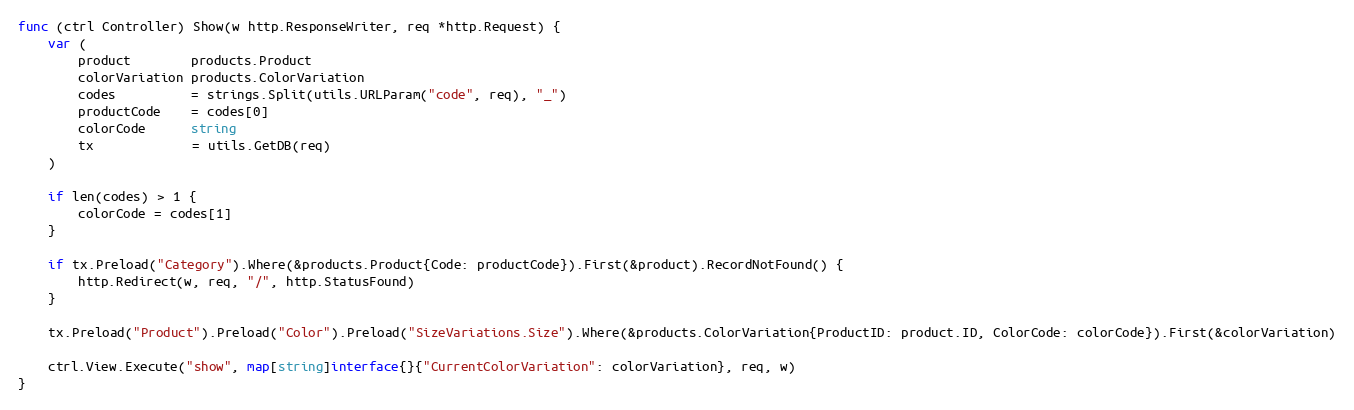
Language: Go
func (ctrl Controller) Show(w http.ResponseWriter, req *http.Request) {
	var (
		product        products.Product
		colorVariation products.ColorVariation
		codes          = strings.Split(utils.URLParam("code", req), "_")
		productCode    = codes[0]
		colorCode      string
		tx             = utils.GetDB(req)
	)

	if len(codes) > 1 {
		colorCode = codes[1]
	}

	if tx.Preload("Category").Where(&products.Product{Code: productCode}).First(&product).RecordNotFound() {
		http.Redirect(w, req, "/", http.StatusFound)
	}

	tx.Preload("Product").Preload("Color").Preload("SizeVariations.Size").Where(&products.ColorVariation{ProductID: product.ID, ColorCode: colorCode}).First(&colorVariation)

	ctrl.View.Execute("show", map[string]interface{}{"CurrentColorVariation": colorVariation}, req, w)
}